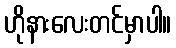
ဟိုနားလေးတင်မှာပါ။